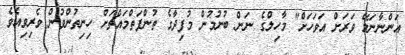
އަންނާނަމޭ ވަރަށް އަވަހަށް" މާހިލްގެ ނަން ބުނުމުން މުފިދާގެ ތުންފަތްމައްޗަށް ހިނިތުންވުން ވެރިވިއެވެ